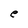
Character: e